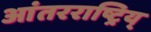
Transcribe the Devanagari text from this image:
आंतरराष्ट्रिय्